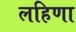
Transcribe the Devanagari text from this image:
लहिणा